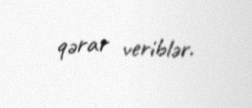
qərar veriblər.